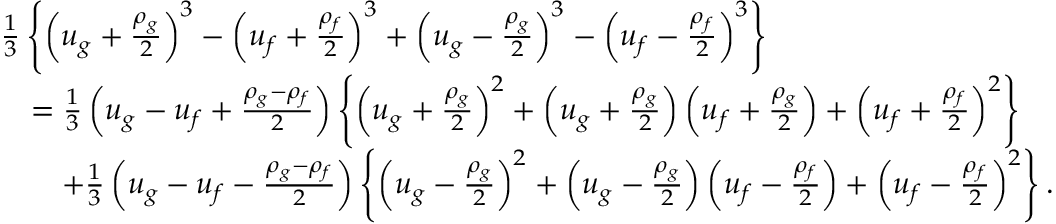
\begin{array} { r l } & { \frac { 1 } { 3 } \left\{ \left( u _ { g } + \frac { \rho _ { g } } { 2 } \right) ^ { 3 } - \left( u _ { f } + \frac { \rho _ { f } } { 2 } \right) ^ { 3 } + \left( u _ { g } - \frac { \rho _ { g } } { 2 } \right) ^ { 3 } - \left( u _ { f } - \frac { \rho _ { f } } { 2 } \right) ^ { 3 } \right\} } \\ & { \quad = \frac { 1 } { 3 } \left( u _ { g } - u _ { f } + \frac { \rho _ { g } - \rho _ { f } } { 2 } \right) \left\{ \left( u _ { g } + \frac { \rho _ { g } } { 2 } \right) ^ { 2 } + \left( u _ { g } + \frac { \rho _ { g } } { 2 } \right) \left( u _ { f } + \frac { \rho _ { g } } { 2 } \right) + \left( u _ { f } + \frac { \rho _ { f } } { 2 } \right) ^ { 2 } \right\} } \\ & { \qquad + \frac { 1 } { 3 } \left( u _ { g } - u _ { f } - \frac { \rho _ { g } - \rho _ { f } } { 2 } \right) \left\{ \left( u _ { g } - \frac { \rho _ { g } } { 2 } \right) ^ { 2 } + \left( u _ { g } - \frac { \rho _ { g } } { 2 } \right) \left( u _ { f } - \frac { \rho _ { f } } { 2 } \right) + \left( u _ { f } - \frac { \rho _ { f } } { 2 } \right) ^ { 2 } \right\} . } \end{array}